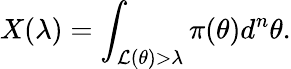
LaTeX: X(\lambda)=\int_{\mathcal{L}(\theta)>\lambda}\pi(\theta)d^{n}\theta.